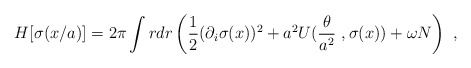
\begin{align*}H[\sigma(x/a)]=2\pi\int rdr\left(\frac 12(\partial_i\sigma(x))^2+a^2U(\frac{\theta}{a^2}\ ,\sigma(x))+\omega N\right)\ ,\end{align*}